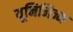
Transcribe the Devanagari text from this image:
यूनिनिज्म